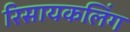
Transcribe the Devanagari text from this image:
रिसायकलिंग